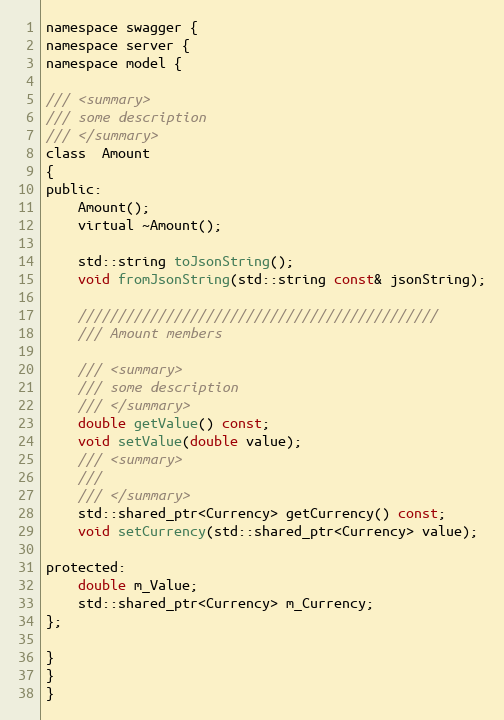
Language: C
namespace swagger {
namespace server {
namespace model {

/// <summary>
/// some description
/// </summary>
class  Amount
{
public:
    Amount();
    virtual ~Amount();

    std::string toJsonString();
    void fromJsonString(std::string const& jsonString);

    /////////////////////////////////////////////
    /// Amount members

    /// <summary>
    /// some description
    /// </summary>
    double getValue() const;
    void setValue(double value);
    /// <summary>
    ///
    /// </summary>
    std::shared_ptr<Currency> getCurrency() const;
    void setCurrency(std::shared_ptr<Currency> value);

protected:
    double m_Value;
    std::shared_ptr<Currency> m_Currency;
};

}
}
}